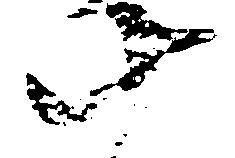
十